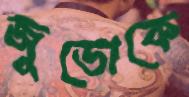
জুডোকে